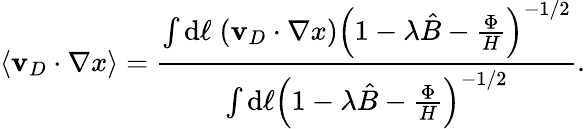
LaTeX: \langle\mathbf{v}_{D}\cdot\nabla x\rangle=\frac{\int\mathrm{d}\ell\; (\mathbf{v}_{D}\cdot\nabla x)\left(1-\lambda\hat{B}-\frac{\Phi}{H}\right)^{-1/2}}{\int\mathrm{d}\ell\left(1-\lambda\hat{B}-\frac{\Phi}{H}\right)^{-1/2}}.